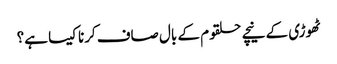
ٹھوڑی کے نیچے حلقوم کے بال صاف کرنا کیسا ہے؟